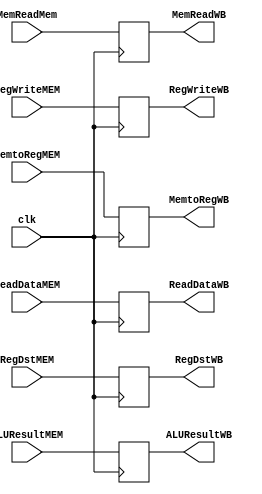
`timescale 1ns / 1ps
//////////////////////////////////////////////////////////////////////////////////
// Company: 
// Engineer: 
// 
// Design Name: 
// Module Name: MEM_WB
// Project Name: 
// Target Devices: 
// Tool Versions: 
// Description: 
// 
// Dependencies: 
// 
// Revision:
// Revision 0.01 - File Created
// Additional Comments:
// 
//////////////////////////////////////////////////////////////////////////////////


module MEM_WB(MemtoRegMEM, RegWriteMEM, ReadDataMEM, ALUResultMEM, RegDstMEM, 
MemtoRegWB, RegWriteWB, ReadDataWB, ALUResultWB, RegDstWB,MemReadMem,MemReadWB,clk);
    input MemtoRegMEM, RegWriteMEM,MemReadMem,clk;
    input [31:0] ReadDataMEM, ALUResultMEM;
    input [4:0] RegDstMEM;
    output reg MemtoRegWB, RegWriteWB,MemReadWB;
    output reg [31:0] ReadDataWB, ALUResultWB;
    output reg [4:0] RegDstWB;
    
    initial begin
    MemtoRegWB<=1'b0;
    RegWriteWB<=1'b0;
    end
    
    always @(posedge clk) begin
        MemtoRegWB<=MemtoRegMEM;
        RegWriteWB<=RegWriteMEM;
        ReadDataWB<=ReadDataMEM;
        ALUResultWB<=ALUResultMEM;
        RegDstWB<=RegDstMEM;
        MemReadWB<=MemReadMem;
    end
endmodule